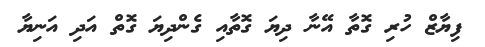
ފިޔާޒް ހުރި ގޮތާ އޭނާ ދިޔަ ގޮތާއި ގެންދިޔަ ގޮތް އަދި އަނިޔާ